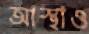
আস্থাও